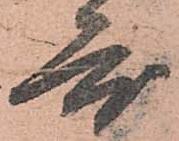
度